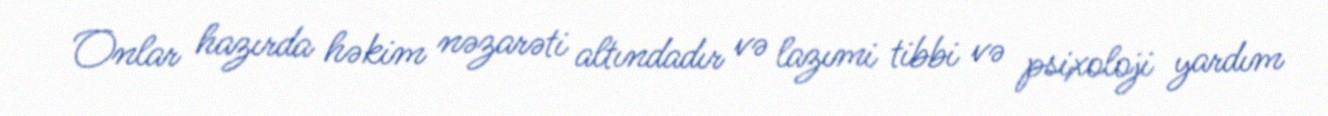
Onlar hazırda həkim nəzarəti altındadır və lazımi tibbi və psixoloji yardım